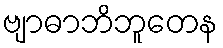
ဗျာဓာဘိဘူတေန